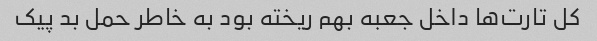
کل تارت‌ها داخل جعبه بهم ریخته بود به خاطر حمل بد پیک